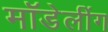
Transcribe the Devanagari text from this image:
मॉडेलींग